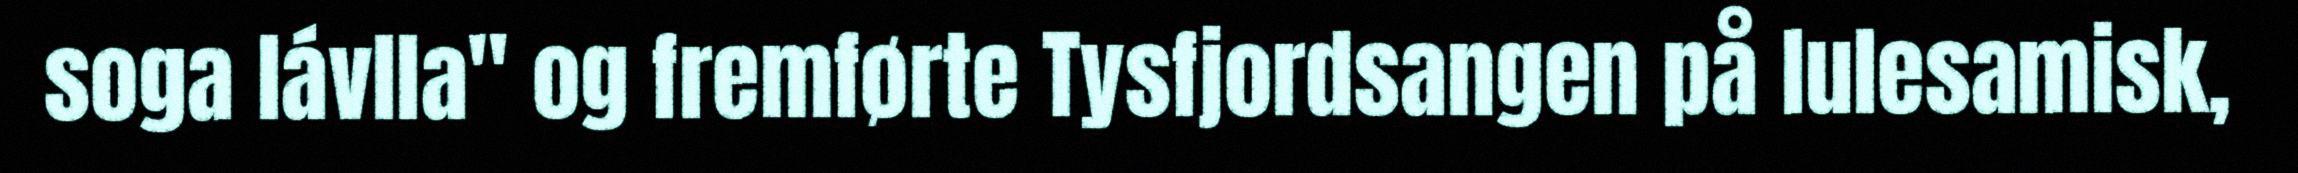
soga lávlla" og fremførte Tysfjordsangen på lulesamisk,